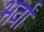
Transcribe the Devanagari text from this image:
भर्वां